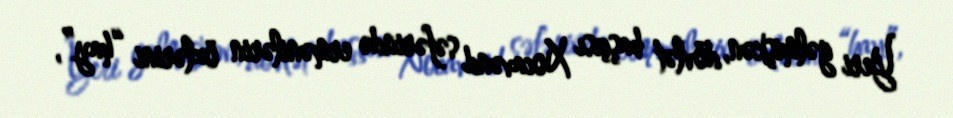
Yeri gəlmişkən, dövlət başçısı Xocavənd səfərində ermənilərin özlərini “hay”,